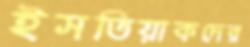
ইসতিয়াকদের